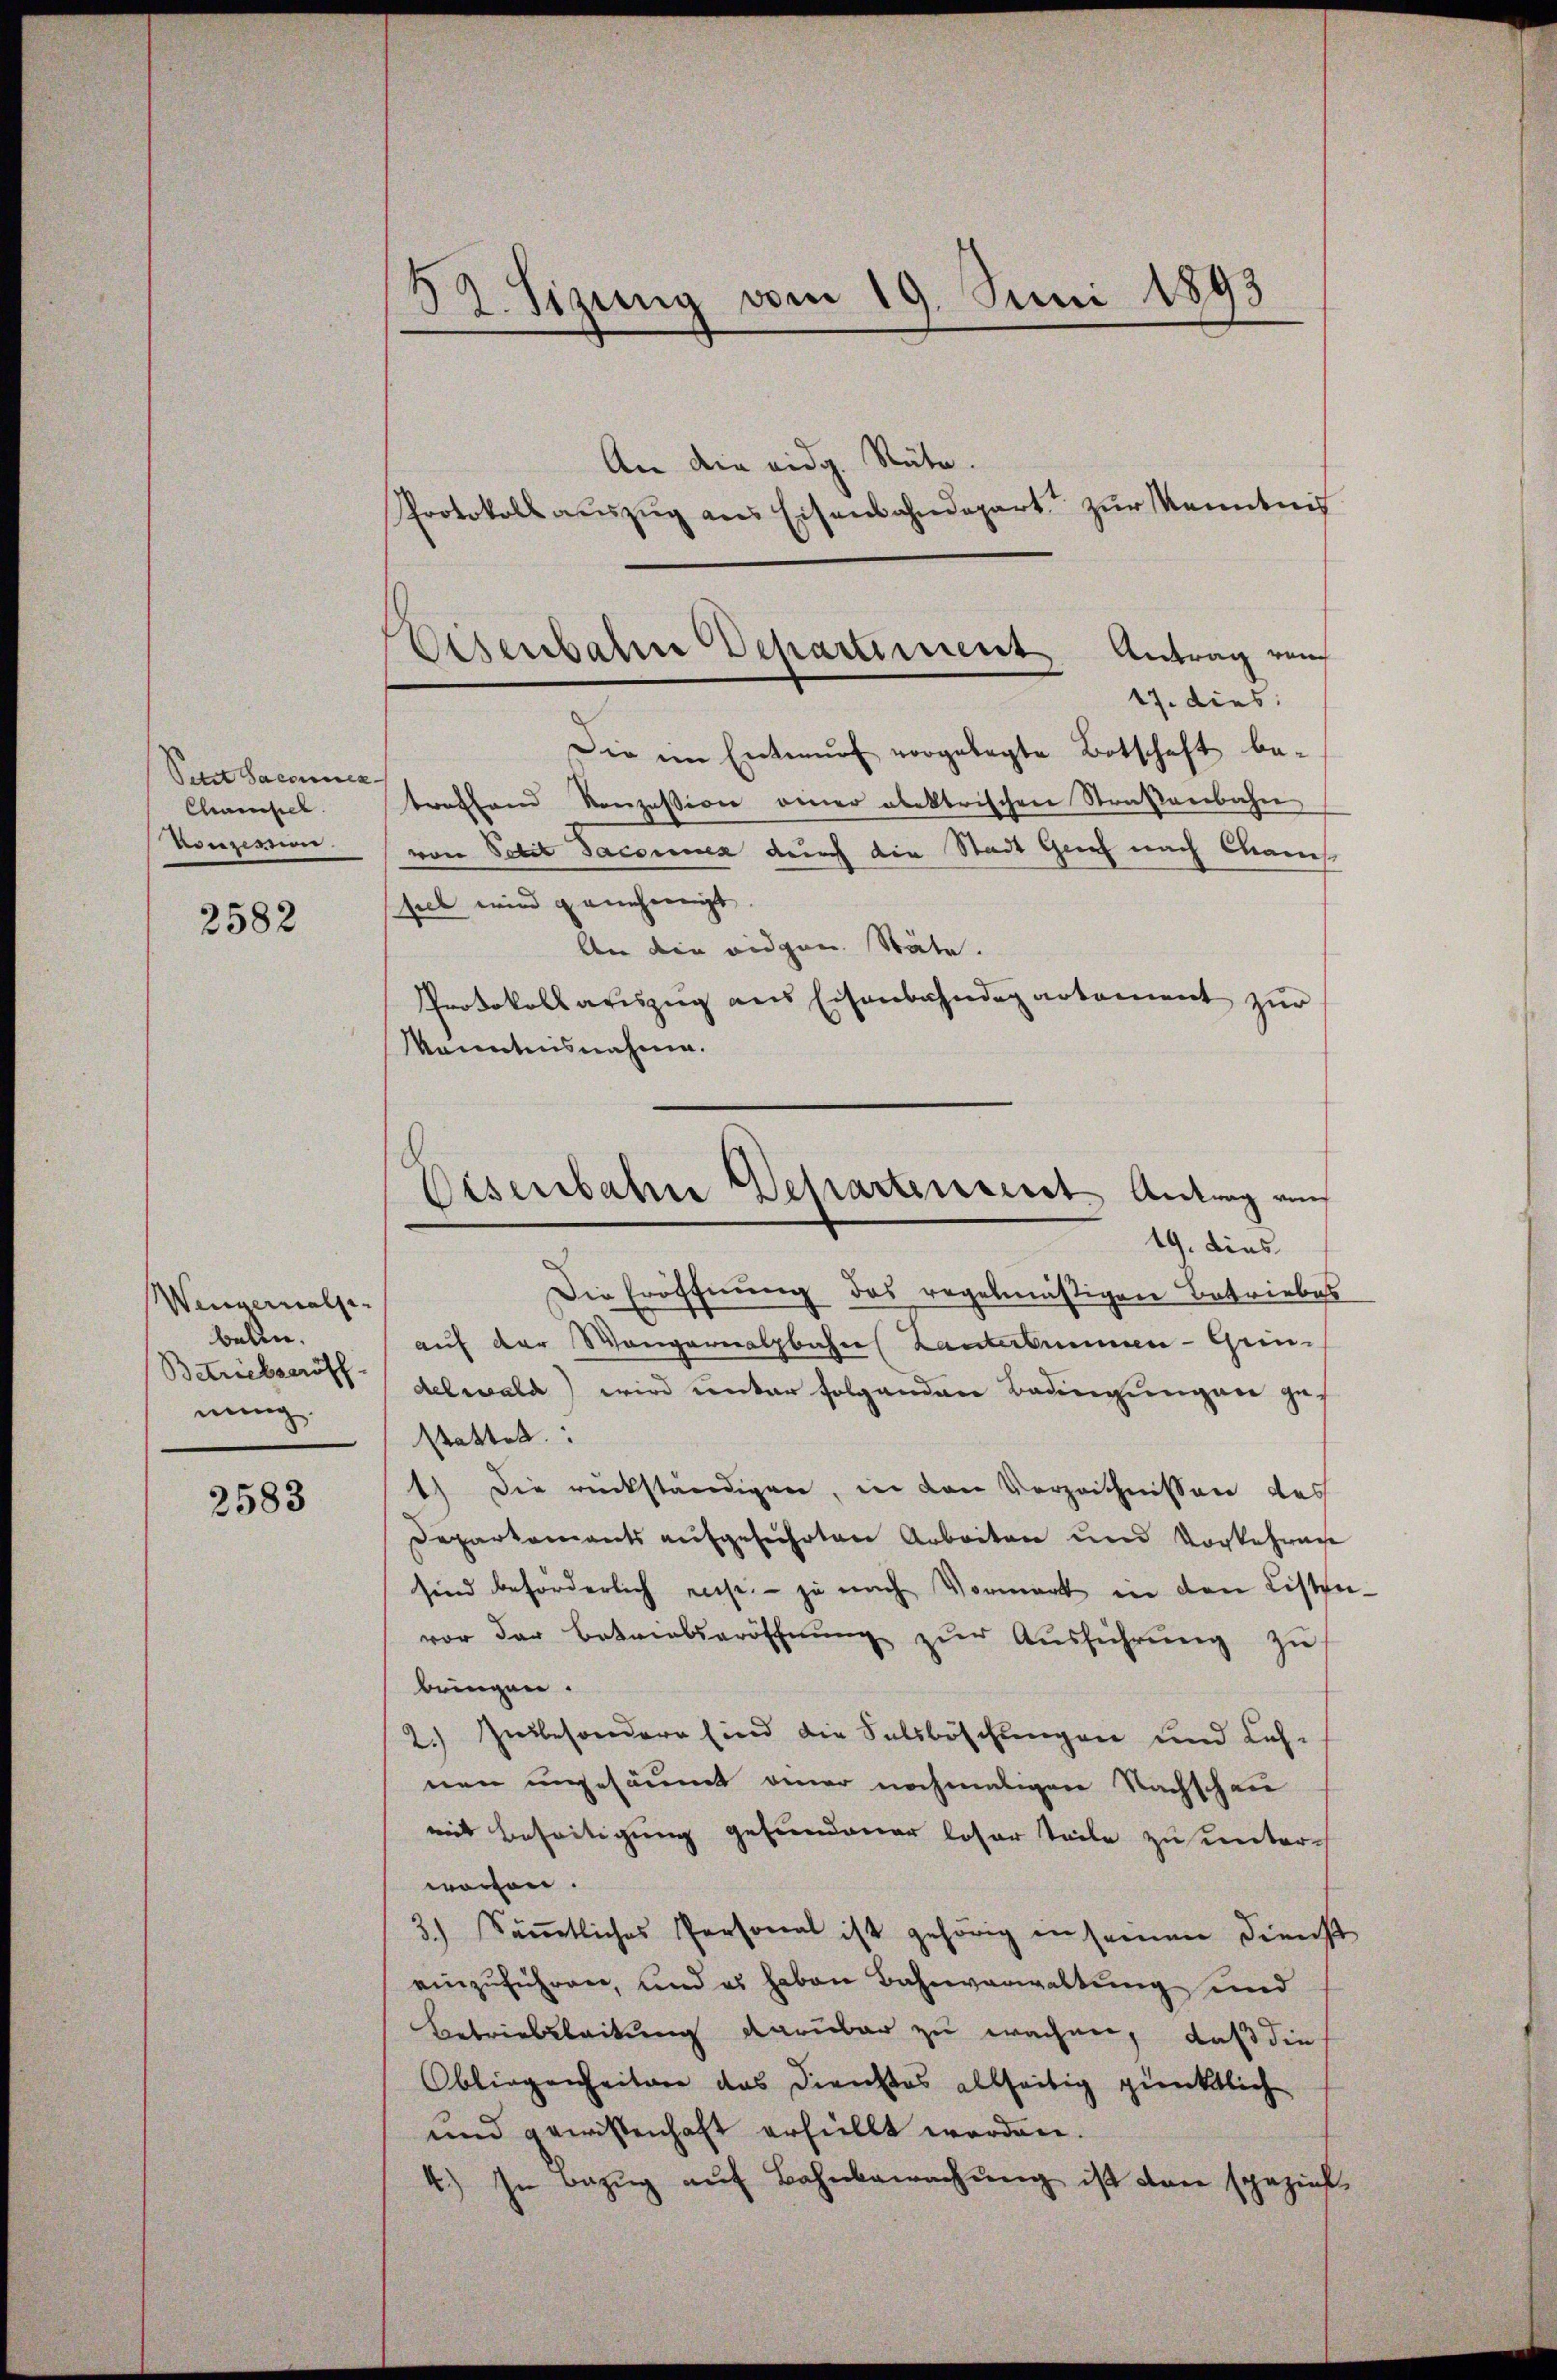
Petst Saccoisca
Chamsel
venzirung.
2582

Wenvernalse
beten.
Betriebseröff
nung.

2583

3
2. Sizung vom 19. Juni 1893

An die eidg. Stäte.
Protokoll aŭszŭg ans Eisenbahndepart zur Kenntnis
Die im Entwŭrf vorgelegte Botschaft be-
troffend Konzession einer abektrischen Straßenbahn
von Polit Jaconuen durch die Stadt Genf nach Cham
siel wird genehmigt
An die eidgen. Stäte.
Protokollauszug aus Eisenbahndepartement zur
Kenntnisnahme.
19. dies
Die Eröffnung des regelmäßigen Betriebes
auf der Wangernalbahres Lanterbummen - Gein-
delwald) wird unter folgenden Bedingungen ge-
stattet. |
1) Die rückständigen, in den Verzeichnissen des
Departements aufgeführten Arbeiten und Vorkehrun
sind beförderlich eise. - ja nach Vormerk in den Listen.
vor der Betriebseröffnŭng zŭr Aŭsführung zu
bringen.
2.) Zu besondere sind die Salsböschungen und Leh-
nen ungesäumt einer nochmaligen Nachschau
mit Beseitigung gefundener loser teile zu unter-
worfen.
3.) Sämmtliches Personal ist gehörig in seinen Dienst
einzŭführen, und es haben Bahnverwaltŭng und
Betriebsleitung darüber zu wachen, daß die
Obliegenheitere das Dienstos allseitig gienktlich
und gewissenhaft erfüllt worden.
4.) In Bezug auf Bahnbewachung ist den spezieh

Eisenbahre Departiment Antrag von
17. dies:

Eisenbahn Schartenverst Antrag auch